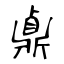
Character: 鼑